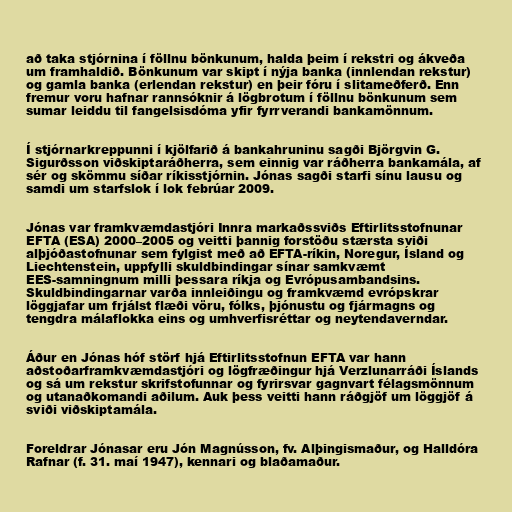
að taka stjórnina í föllnu bönkunum, halda þeim í rekstri og ákveða
um framhaldið. Bönkunum var skipt í nýja banka (innlendan rekstur)
og gamla banka (erlendan rekstur) en þeir fóru í slitameðferð. Enn
fremur voru hafnar rannsóknir á lögbrotum í föllnu bönkunum sem
sumar leiddu til fangelsisdóma yfir fyrrverandi bankamönnum.

Í stjórnarkreppunni í kjölfarið á bankahruninu sagði Björgvin G.
Sigurðsson viðskiptaráðherra, sem einnig var ráðherra bankamála, af
sér og skömmu síðar ríkisstjórnin. Jónas sagði starfi sínu lausu og
samdi um starfslok í lok febrúar 2009.

Jónas var framkvæmdastjóri Innra markaðssviðs Eftirlitsstofnunar
EFTA (ESA) 2000–2005 og veitti þannig forstöðu stærsta sviði
alþjóðastofnunar sem fylgist með að EFTA-ríkin, Noregur, Ísland og
Liechtenstein, uppfylli skuldbindingar sínar samkvæmt
EES-samningnum milli þessara ríkja og Evrópusambandsins.
Skuldbindingarnar varða innleiðingu og framkvæmd evrópskrar
löggjafar um frjálst flæði vöru, fólks, þjónustu og fjármagns og
tengdra málaflokka eins og umhverfisréttar og neytendaverndar.

Áður en Jónas hóf störf hjá Eftirlitsstofnun EFTA var hann
aðstoðarframkvæmdastjóri og lögfræðingur hjá Verzlunarráði Íslands
og sá um rekstur skrifstofunnar og fyrirsvar gagnvart félagsmönnum
og utanaðkomandi aðilum. Auk þess veitti hann ráðgjöf um löggjöf á
sviði viðskiptamála.

Foreldrar Jónasar eru Jón Magnússon, fv. Alþingismaður, og Halldóra
Rafnar (f. 31. maí 1947), kennari og blaðamaður.